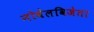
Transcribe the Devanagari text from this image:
नोबेलविजेता